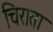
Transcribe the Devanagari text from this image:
चिराता